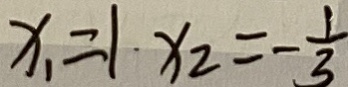
x _ { 1 } = 1 \cdot x _ { 2 } = - \frac { 1 } { 3 }